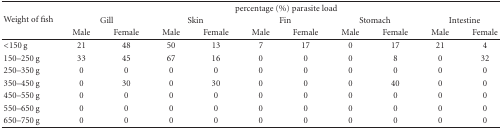
| <ROWSPAN=3> Weight of fish | <COLSPAN=10> percentage (%) parasite load |
 | <COLSPAN=2> Gill | <COLSPAN=2> Skin | <COLSPAN=2> Fin | <COLSPAN=2> Stomach | <COLSPAN=2> Intestine |
 | Male | Female | Male | Female | Male | Female | Male | Female | Male | Female |
 | --- | --- | --- | --- | --- | --- | --- | --- | --- | --- | --- |
 | <150 g | 21 | 48 | 50 | 13 | 7 | 17 | 0 | 17 | 21 | 4 |
 | 150–250 g | 33 | 45 | 67 | 16 | 0 | 0 | 0 | 8 | 0 | 32 |
 | 250–350 g | 0 | 0 | 0 | 0 | 0 | 0 | 0 | 0 | 0 | 0 |
 | 350–450 g | 0 | 30 | 0 | 30 | 0 | 0 | 0 | 40 | 0 | 0 |
 | 450–550 g | 0 | 0 | 0 | 0 | 0 | 0 | 0 | 0 | 0 | 0 |
 | 550–650 g | 0 | 0 | 0 | 0 | 0 | 0 | 0 | 0 | 0 | 0 |
 | 650–750 g | 0 | 0 | 0 | 0 | 0 | 0 | 0 | 0 | 0 | 0 |